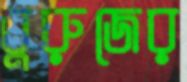
বুরুজের